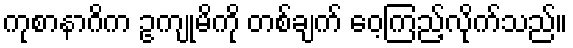
ကုစာနာဂိက ဥကျုမိကို တစ်ချက် ဝေ့ကြည့်လိုက်သည်။